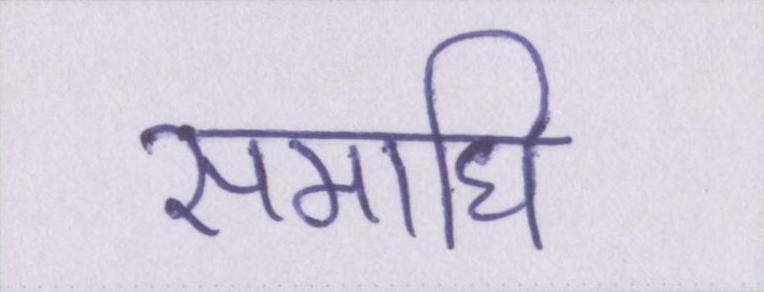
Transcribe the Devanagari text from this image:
समाधि